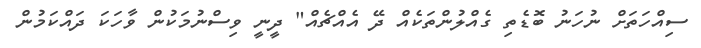
ސިއްހަތަށް ނުހަނު ބޮޑެތި ގެއްލުންތަކެއް ދޭ އެއްޗެއް" ދީނީ ވިސްނުމަކުން ވާހަކަ ދައްކަމުން